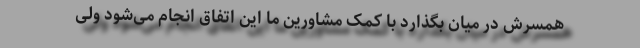
همسرش در میان بگذارد با کمک مشاورین ما این اتفاق انجام می‌شود ولی